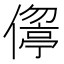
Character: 𠏦